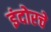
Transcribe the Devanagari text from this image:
इंदोरचे